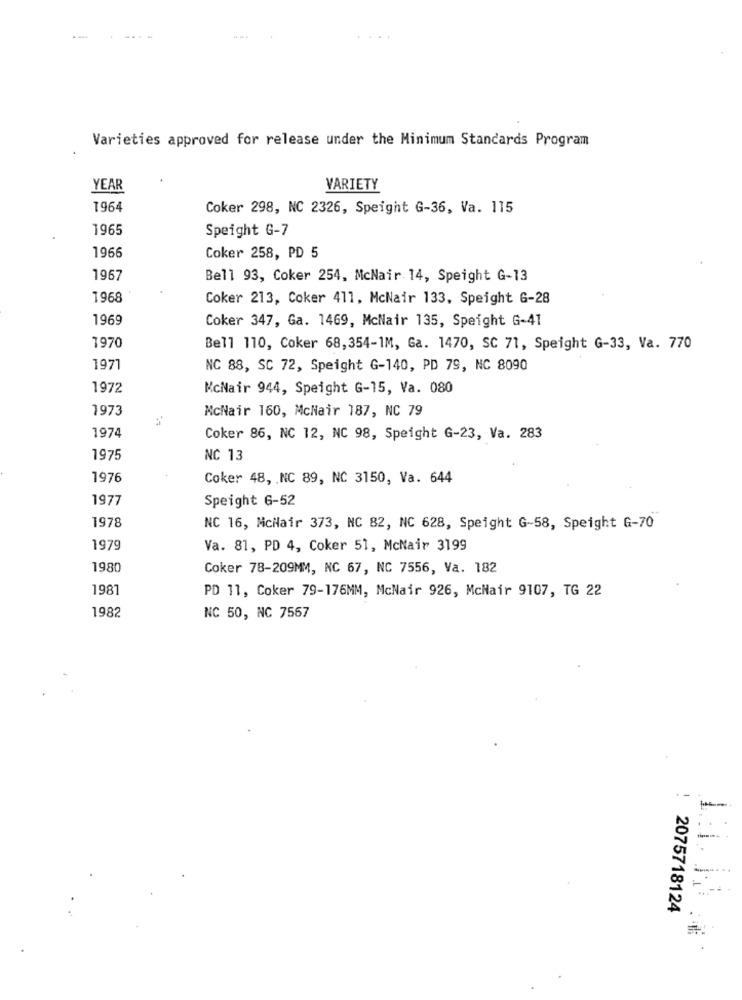
--
Varieties approved for release under the Minimum Standards Program
YEAR
VARIETY
1964
Coker 298, NC 2326, Speight G-36, Va. 115
1965
Speight G-7
1966
Coker 258, PD 5
1967
Bell 93, Coker 254, McNair 14, Speight G-13
1968
Coker 213, Coker 411, McNair 133, Speight G-28
1969
Coker 347, Ga. 1469, McNair 135, Speight G-41
1970
Bell 110, Coker 68,354-1M, Ga. 1470, SC 71, Speight G-33, Va. 770
1971
NC 88, SC 72, Speight G-140, PD 79, NC 8090
1972
McNair 944, Speight G-15, Va. 080
1973
McNair 160, McNair 187, NC 79
1974
Coker 86, NC 12, NC 98, Speight G-23, Va. 283
1975
NC 13
1976
Coker 48, . NC 89, NC 3150, Va. 644
1977
Speight 6-52
1978
NC 16, McNair 373, NC 82, NC 628, Speight G-58, Speight G-70
1979
Va. 81, PD 4, Coker 51, McNair 3199
1980
Coker 78-209MM, NC 67, NC 7556, Va. 182
1981
PD 11, Coker 79-176MM, McNair 926, McNair 9107, TG 22
1982
NC 50, NC 7567
1:1. 1.3
2075718124